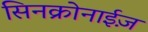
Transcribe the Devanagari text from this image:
सिनक्रोनाईज़